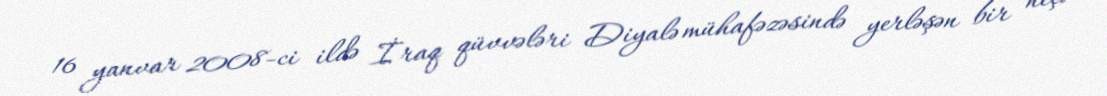
16 yanvar 2008-ci ildə İraq qüvvələri Diyalə mühafəzəsində yerləşən bir neçə